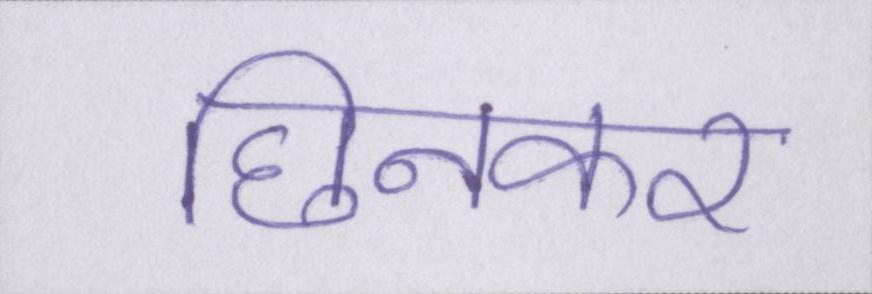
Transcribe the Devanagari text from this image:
छिनकर